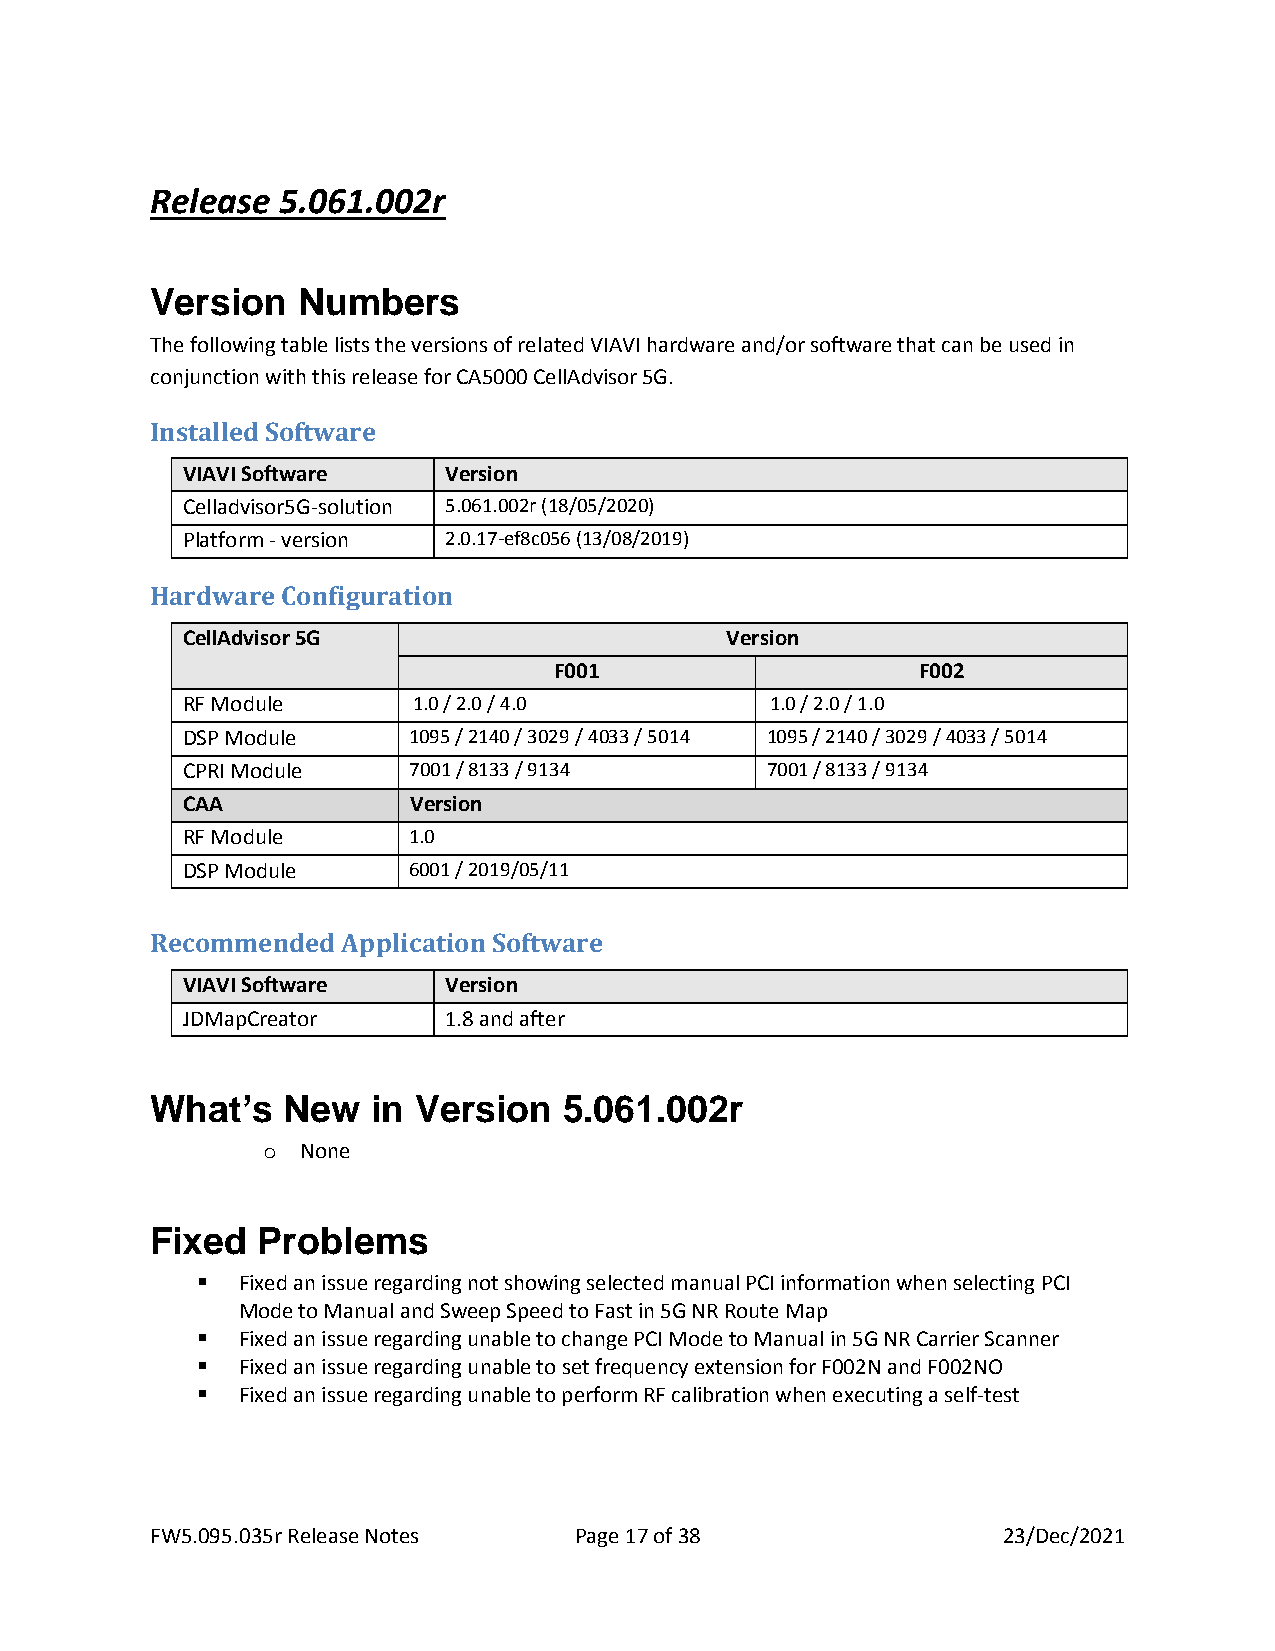
Release 5.061.002r
 Version   Numbers
 The following table lists the versions of related VIAVI hardware and/or software that can be used in
 conjunction with this release for CA5000 CellAdvisor 5G.
 Installed Software
 VIAVI Software   Version
 Celladvisor5G-solution 5.061.002r (18/05/2020)
 Platform - version 2.0.17-ef8c056 (13/08/2019)
 Hardware Configuration
 CellAdvisor 5G                      Version
 F001                    F002
 RF Module      1.0 / 2.0 / 4.0         1.0 / 2.0 / 1.0
 DSP Module     1095 / 2140 / 3029 / 4033 / 5014 1095 / 2140 / 3029 / 4033 / 5014
 CPRI Module    7001 / 8133 / 9134      7001 / 8133 / 9134
 CAA            Version
 RF Module      1.0
 DSP Module     6001 / 2019/05/11
 Recommended  Application Software
 VIAVI Software   Version
 JDMapCreator     1.8 and after
 What’s   New   in Version  5.061.002r
 o  None
 Fixed  Problems
 ▪  Fixed an issue regarding not showing selected manual PCI information when selecting PCI
 Mode to Manual and Sweep Speed to Fast in 5G NR Route Map
 ▪  Fixed an issue regarding unable to change PCI Mode to Manual in 5G NR Carrier Scanner
 ▪  Fixed an issue regarding unable to set frequency extension for F002N and F002NO
 ▪  Fixed an issue regarding unable to perform RF calibration when executing a self-test
 FW5.095.035r Release Notes  Page 17 of 38               23/Dec/2021